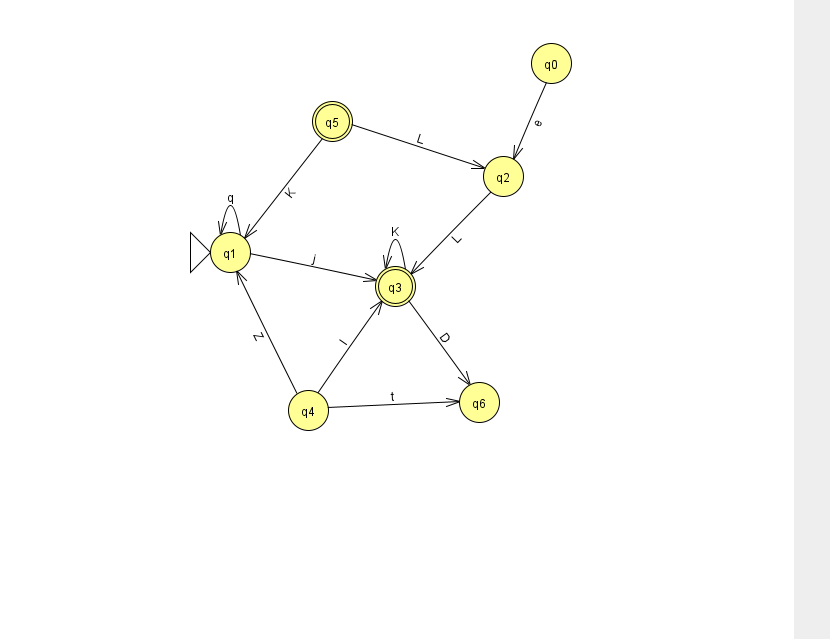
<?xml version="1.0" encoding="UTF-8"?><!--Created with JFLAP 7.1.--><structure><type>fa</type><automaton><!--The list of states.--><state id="0" name="q0"><x>551.0</x><y>50.0</y></state><state id="1" name="q1"><x>230.0</x><y>239.0</y><initial/></state><state id="2" name="q2"><x>503.0</x><y>163.0</y></state><state id="3" name="q3"><x>395.0</x><y>273.0</y><final/></state><state id="4" name="q4"><x>308.0</x><y>397.0</y></state><state id="5" name="q5"><x>332.0</x><y>108.0</y><final/></state><state id="6" name="q6"><x>479.0</x><y>389.0</y></state><!--The list of transitions.--><transition><from>1</from><to>1</to><read>q</read></transition><transition><from>1</from><to>3</to><read>j</read></transition><transition><from>4</from><to>3</to><read>l</read></transition><transition><from>3</from><to>6</to><read>D</read></transition><transition><from>2</from><to>3</to><read>L</read></transition><transition><from>4</from><to>6</to><read>t</read></transition><transition><from>5</from><to>1</to><read>K</read></transition><transition><from>0</from><to>2</to><read>e</read></transition><transition><from>3</from><to>3</to><read>K</read></transition><transition><from>4</from><to>1</to><read>Z</read></transition><transition><from>5</from><to>2</to><read>L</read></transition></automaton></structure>